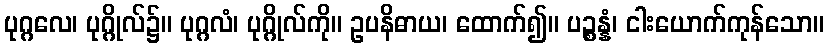
ပုဂ္ဂလေ၊ ပုဂ္ဂိုလ်၌။ ပုဂ္ဂလံ၊ ပုဂ္ဂိုလ်ကို။ ဥပနိဓာယ၊ ထောက်၍။ ပဉ္စန္နံ၊ ငါးယောက်ကုန်သော။